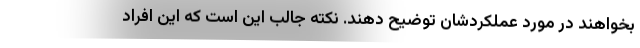
بخواهند در مورد عملکردشان توضیح دهند. نکته جالب این است که این افراد